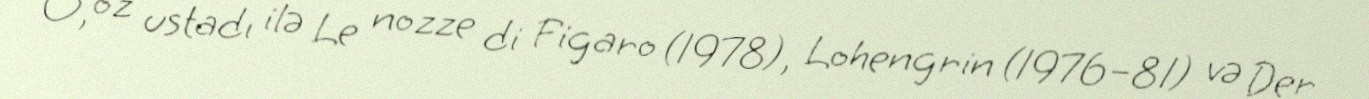
O, öz ustadı ilə Le nozze di Figaro (1978), Lohengrin (1976–81) və Der